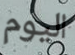
اليوم